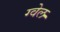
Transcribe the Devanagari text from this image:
ग्वेल